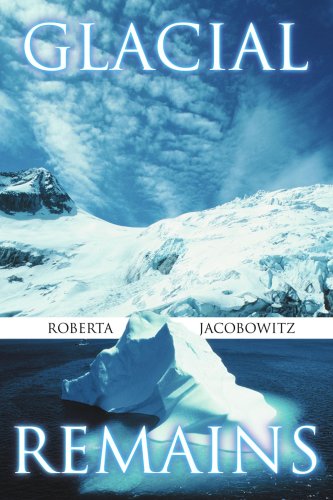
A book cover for Glacial Remains; Roberta Jacobowitz; Teen & Young Adult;